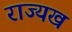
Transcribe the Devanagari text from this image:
राज्यख